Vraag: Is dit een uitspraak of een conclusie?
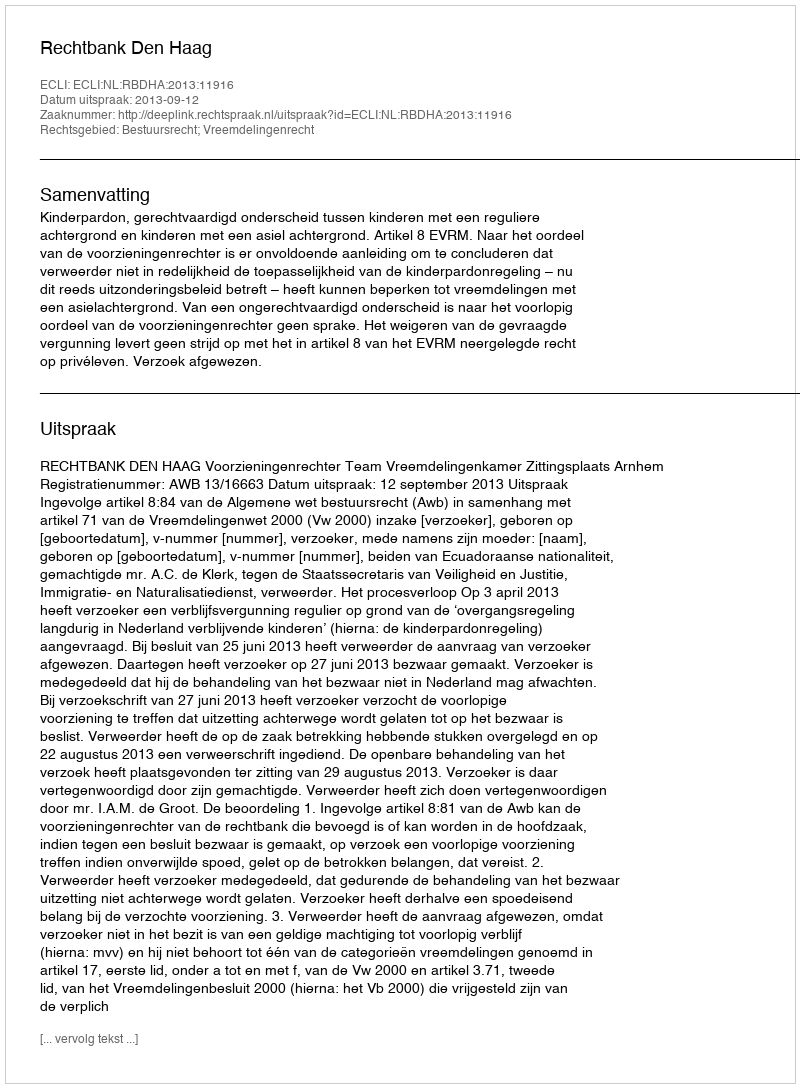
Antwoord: Uitspraak